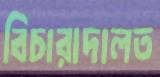
বিচারাদালত